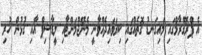
އެ ޕްރޮގްރާމްގައި މައިގަނޑު ގޮތެއްގައި ކިޔަވައިދެއްވާނީ މެނޭޖްމަންޓާއި ލީޑާޝިޕް އާއި ގުޅުން ހުރި